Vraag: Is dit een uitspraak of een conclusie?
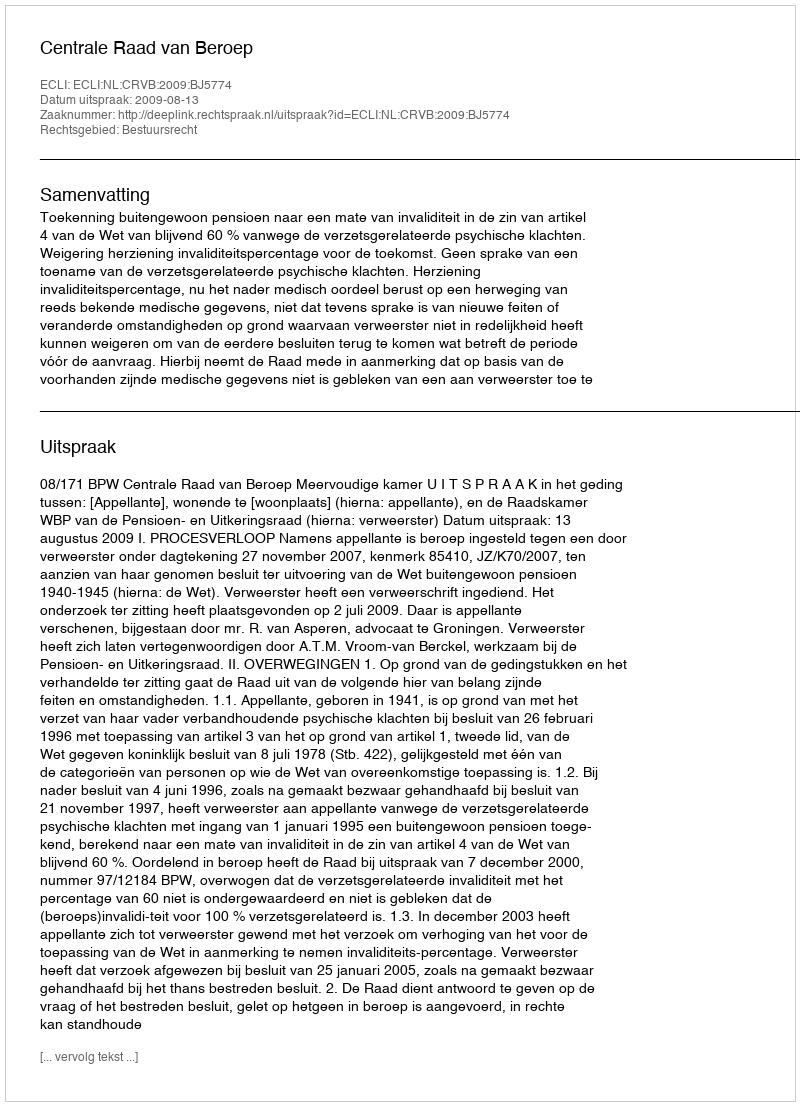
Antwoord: Uitspraak